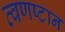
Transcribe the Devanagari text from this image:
त्वणष्टान